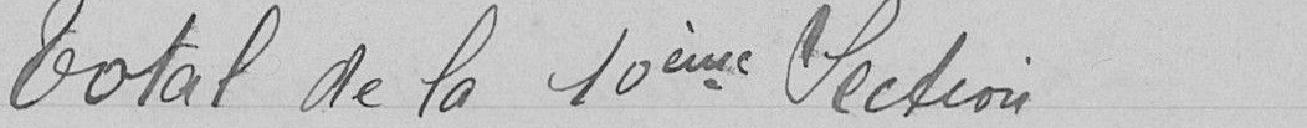
Total de la 10ème section